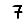
Digit: 7